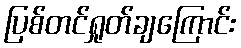
ပြစ်တင်ရှုတ်ချကြောင်း